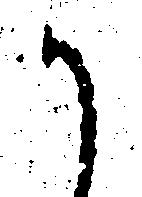
か